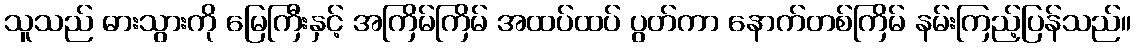
သူသည် ဓားသွားကို မြေကြီးနှင့် အကြိမ်ကြိမ် အထပ်ထပ် ပွတ်ကာ နောက်တစ်ကြိမ် နမ်းကြည့်ပြန်သည်။